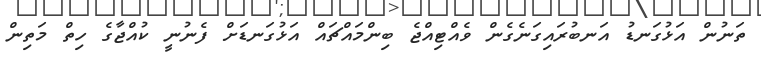
ތަނުން އަޅުގަނޑު އަނބުރައިގަނެގެން ވެއްޓިއްޖެ ބިންމައްޗައް އަޅުގަނޑަށް ފެނުނީ ކުއްޖާގެ ހިތް މަތިން